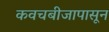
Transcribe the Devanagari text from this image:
कवचबीजापासून